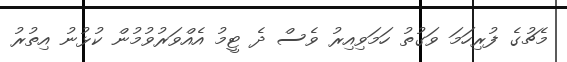
މެޗުގެ ފުރިހަމަ ވަގުތު ހަމަވިއިރު ވެސް ދެ ޓީމު އެއްވަރުވުމުން ކުޅުނު އިތުރު